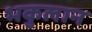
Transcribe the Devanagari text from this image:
भकुलान